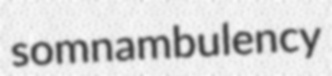
somnambulency